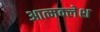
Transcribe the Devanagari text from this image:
आत्मक्लेश